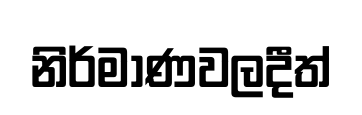
නිර්මාණවලදීත්